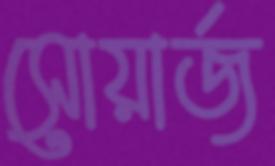
সোয়ার্জ